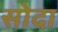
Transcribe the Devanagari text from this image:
सोदा